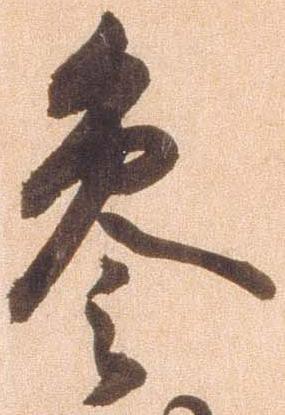
参